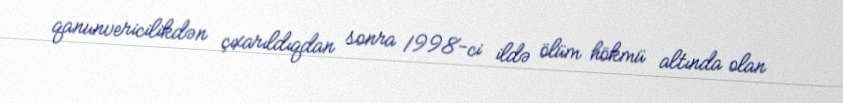
qanunvericilikdən çıxarıldıqdan sonra 1998-ci ildə ölüm hökmü altında olan